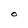
Character: O